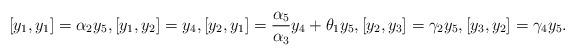
LaTeX: \begin{align*}[y_1, y_1]=\alpha_2y_5, [y_1, y_2]=y_4, [y_2, y_1]=\frac{\alpha_5}{\alpha_3}y_4+\theta_1y_5, [y_2, y_3]=\gamma_2y_5, [y_3, y_2]=\gamma_4y_5.\end{align*}